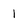
Character: 1